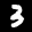
Label: 3